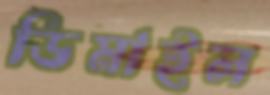
ডিমাইল